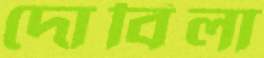
দোবিলা